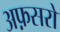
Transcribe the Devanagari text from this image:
अफ़सरो